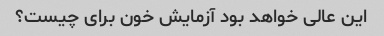
این عالی خواهد بود آزمایش خون برای چیست؟